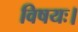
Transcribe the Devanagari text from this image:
विषयः।